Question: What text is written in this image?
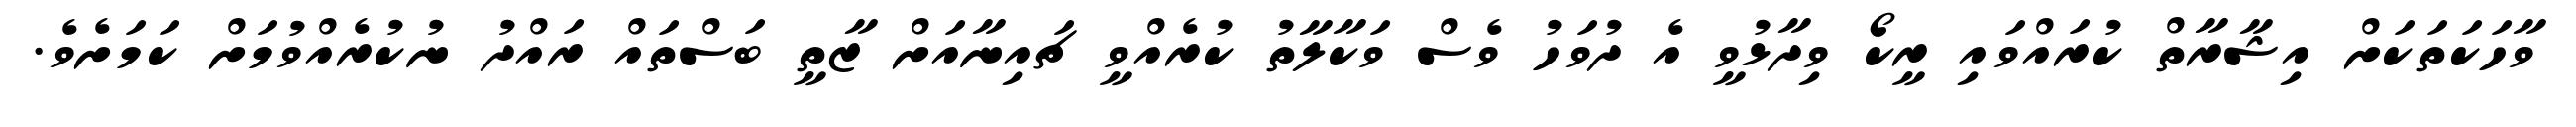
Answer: ވާހަކަތަކަށް އިޝާރާތް ކުރައްވައި ރީކޯ ވިދާޅުވީ އެ ދުވަހު ވެސް ވަކާލާތު ކުރެއްވީ ޗައިނާއަށް ޒާތީ ބަސްތައް ރައްދު ނުކުރެއްވުމަށް ކަމަށެވެ.